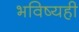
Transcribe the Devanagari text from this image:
भविष्यही